Report on sanitation, dispensaries, and jails in Rajputana for 1916, and on vaccination for the year 1916-1917 - 1916-1917
Year: 1916
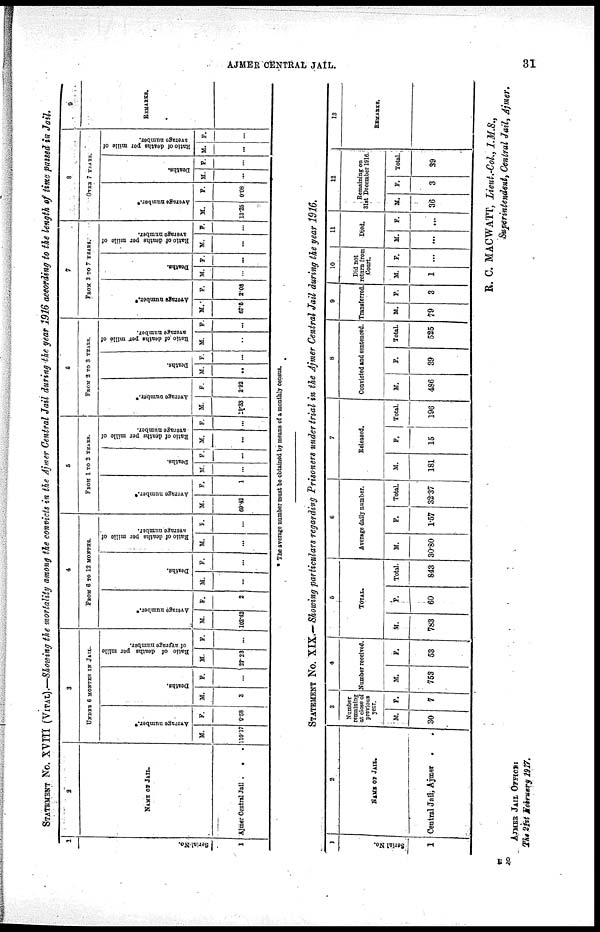
AJMER CENTRAL JAIL.
31
STATEMENT No. XVIII (VITAL).—Showing the mortality among the convicts in the Ajmer Central Jail during the year 1916 according to the length of time passed in Jail.
1
Serial No.
1
2
NAME OF JAIL.
Ajmer Central Jail .
.
3
UNDER 6 MONTH IN JAIL.
Average number.*
M.
110.17
F.
0.58
Deaths.
M.
3
F.
...
Ratio of deaths per mille
of average number.
M.
27.23
F.
...
4
FROM 6 to 13 MONTH.
Average number.*
M.
102.42
F.
2
Deaths.
M.
...
F.
...
Ratio
of deaths per mille of
average number.
M.
...
F.
...
5
FROM 1 TO 2 YEARS.
Average number.*
M.
69.42
F.
1
Deaths.
M.
...
F.
...
Ratio of deaths per mille of
average number.
M.
...
F.
...
6
FROM 2 TO 3 YEARS.
Average number.*
M.
19.33
F.
2.92
Deaths.
M.
...
F.
...
Ratio of deaths per mille of
average number.
M.
...
F.
...
7
FROM 3 TO 7 YEARS.
Average number.*
M.
67.5
F.
2.08
Deaths.
M.
...
F.
...
Ratio of deaths par mille of
average number.
M.
...
F.
...
8
OVER 7 YEARS.
Average number.*
M.
13.25
F.
0.08
Deaths.
M.
...
F.
...
Ratio of deaths per mille of
average number.
M.
...
F.
...
9
REMARKS.
* The average number must be obtained by means of a monthly census.
STATEMENT No. XIX.—Showing particulars regarding Prisoners under trial in the Ajmer Central Jail during the year 1916.
1
Serial No.
1
2
NAME OF JAIL.
Central Jail, Ajmer
.
3
Number
remaining
at close of
previous
year.
M.
30
F.
7
4
Number received.
M.
753
F.
53
5
TOTAL.
M.
783
F.
60
Total.
843
6
Average daily number.
M.
30.80
F.
1.57
Total.
32.37
7
Released.
M.
181
F.
15
Total.
196
8
Convicted and sentenced.
M.
486
F.
39
Total.
525
9
Transferred.
M.
79
F.
3
10
Did not
return from
Court.
M.
1
F.
11
Died.
M.
...
F.
...
12
Remaining on
31st December 1916.
M.
36
F.
3
Total.
39
13
REMARKS.
R. C. MACWATT, Lieut.-Col., I.M.S.,
Superintendent, Central Jail, Ajmer.
AJMER JAIL OFFICE:
Tht 21st February 1917.
E 2